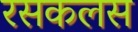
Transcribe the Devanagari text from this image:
रसकलस